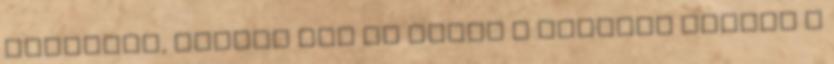
bizalmát, rögtön rád is bízza a piszkos munkát A